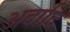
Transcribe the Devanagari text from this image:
अदादि